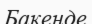
Бакенде